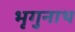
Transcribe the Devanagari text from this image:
भृगुनाथ